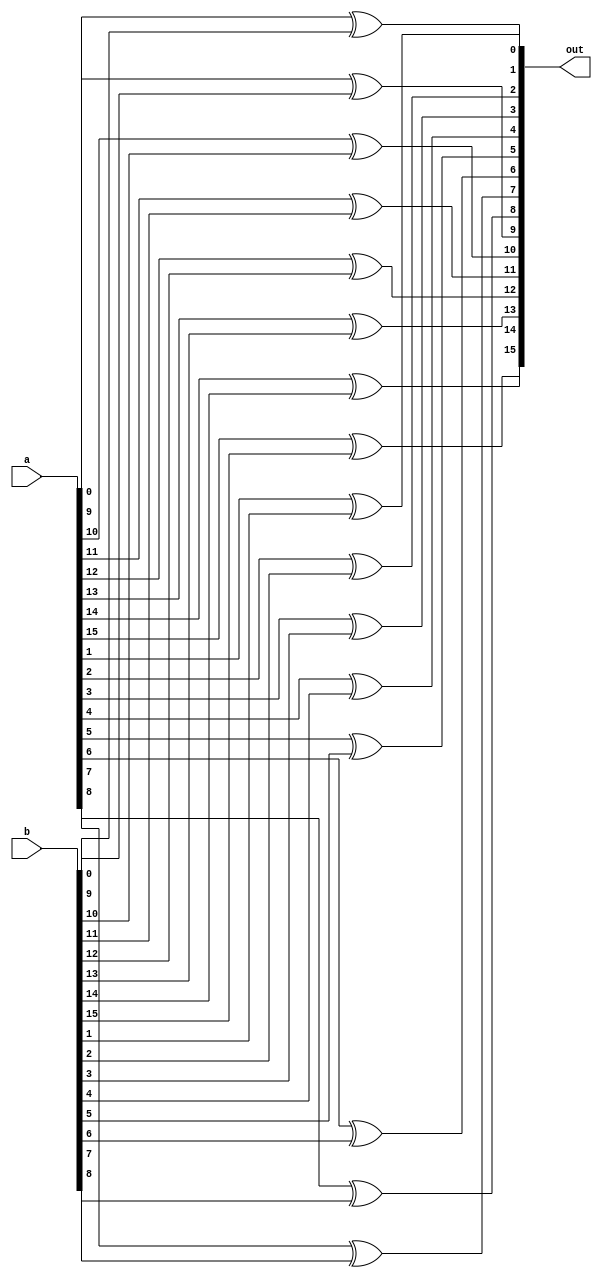
//Modelling using generate key word
module Xor_bitwise (a , b , out);
parameter N = 16;
input [N-1:0] a,b;
output [N-1:0] out;

genvar p;

generate for(p = 0; p < N; p = p + 1)
    begin 
        xor XR (out[p], a[p], b[p]);
    end
endgenerate
    
endmodule